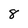
Character: 8